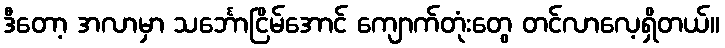
ဒီတော့ အလာမှာ သင်္ဘောငြိမ်အောင် ကျောက်တုံးတွေ တင်လာလေ့ရှိတယ်။